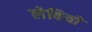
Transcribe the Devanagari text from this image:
लेवियों